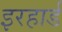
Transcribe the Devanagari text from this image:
इरहार्ड